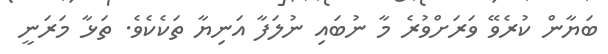
ބަޔާން ކުރެވޭ ވަރަށްވުރެ މާ ނުބައި ނުލަފާ އަނިޔާ ތަކެކެވެ. ތަޅާ މަރަނީ